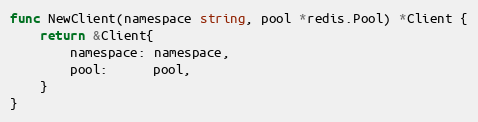
Language: Go
func NewClient(namespace string, pool *redis.Pool) *Client {
	return &Client{
		namespace: namespace,
		pool:      pool,
	}
}